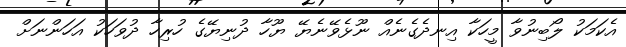
އެކަމަކު ލޯބިނުވާ މީހަކާ އިނދެގެނެއް ނޫޅެވޭނެޔޭޭ ޔޫހާ ދުނިޔޭގެ ހުރިހާ ދުވަހަކު އަހަންނަށް